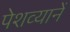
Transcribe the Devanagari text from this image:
पेशव्यानें